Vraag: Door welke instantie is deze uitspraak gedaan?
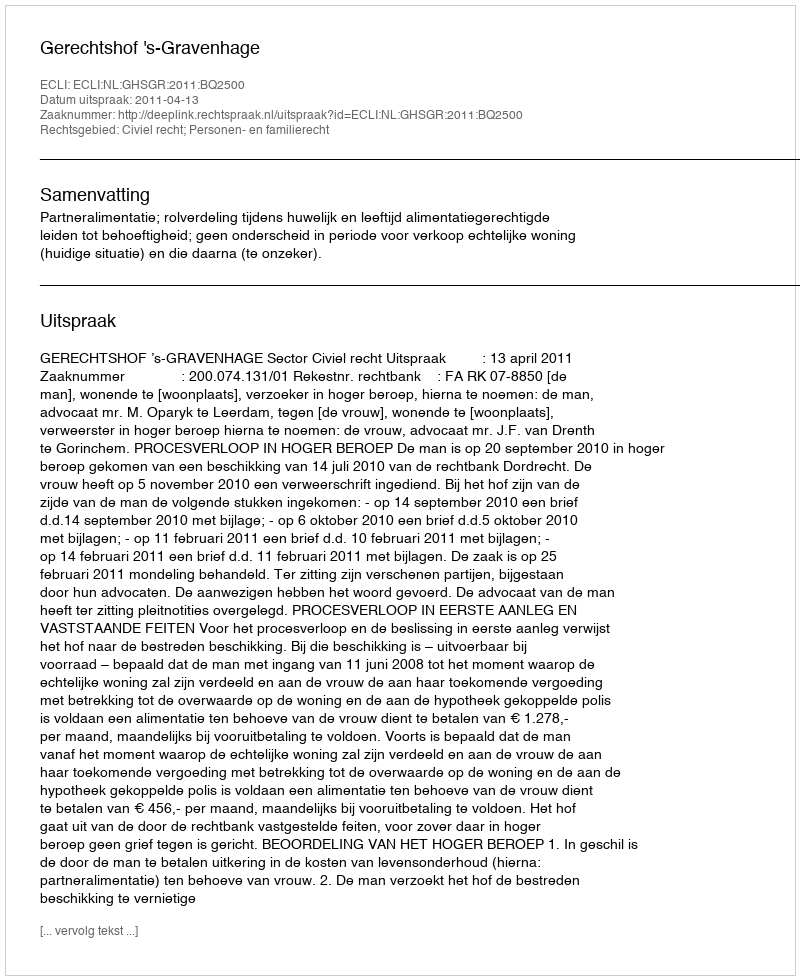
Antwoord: Gerechtshof 's-Gravenhage